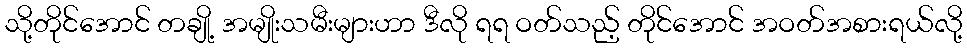
သို့တိုင်အောင် တချို့ အမျိုးသမီးများဟာ ဒီလို ရရ ဝတ်သည့် တိုင်အောင် အဝတ်အစားရယ်လို့